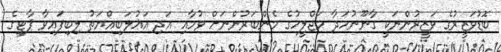
ބޮޑުވަޒީރުގެ ވަޒީރުންނަކީ ގާނޫނުހަދާ މަޖްލީހުގެ މެންބަރުންނަށް ވުމާއި އަދި އަޣުލަބިއްޔަތު ލިބިފައިވާ ޕާޓީގެ